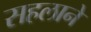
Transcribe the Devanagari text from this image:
सहलाने